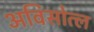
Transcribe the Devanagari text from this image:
अविसोत्ल